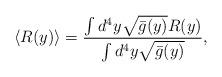
LaTeX: \begin{align*}\langle R(y)\rangle = \frac{\int d^4y\sqrt{\bar{g}(y)} R(y)}{\int d^4y\sqrt{\bar{g}(y)}},\end{align*}